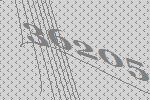
36205